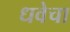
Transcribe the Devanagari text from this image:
धवेचा